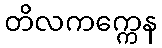
တိလကက္ကေန